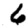
Digit: 6